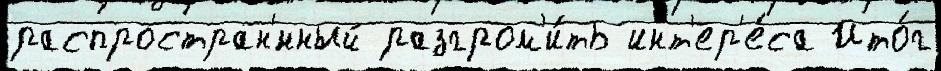
распростран'́нный разгром'и́ть инт'ер'е́са Ито́г